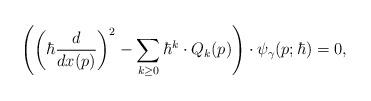
LaTeX: \begin{align*} \left( \left(\hbar\frac{d}{dx(p)}\right)^2-\sum_{k\geq0}\hbar^k\cdot Q_k(p)\right)\cdot\psi_\gamma(p;\hbar)=0,\end{align*}